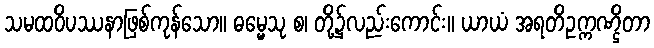
သမထဝိပဿနာဖြစ်ကုန်သော။ ဓမ္မေသု စ၊ တို့၌လည်းကောင်း။ ယာယံ အရတိဥက္ကဏ္ဌိတာ